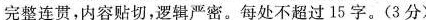
完整连贯，内容贴切，逻辑严密。每处不超过15字。(3分)